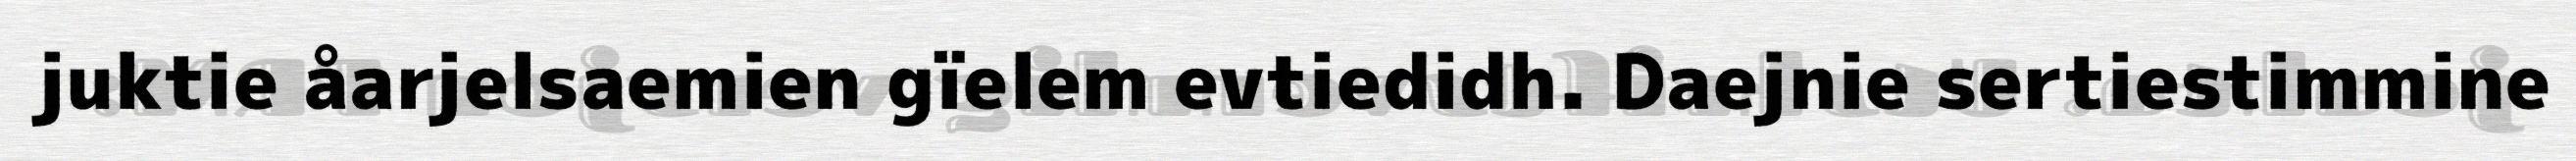
juktie åarjelsaemien gïelem evtiedidh. Daejnie sertiestimmine